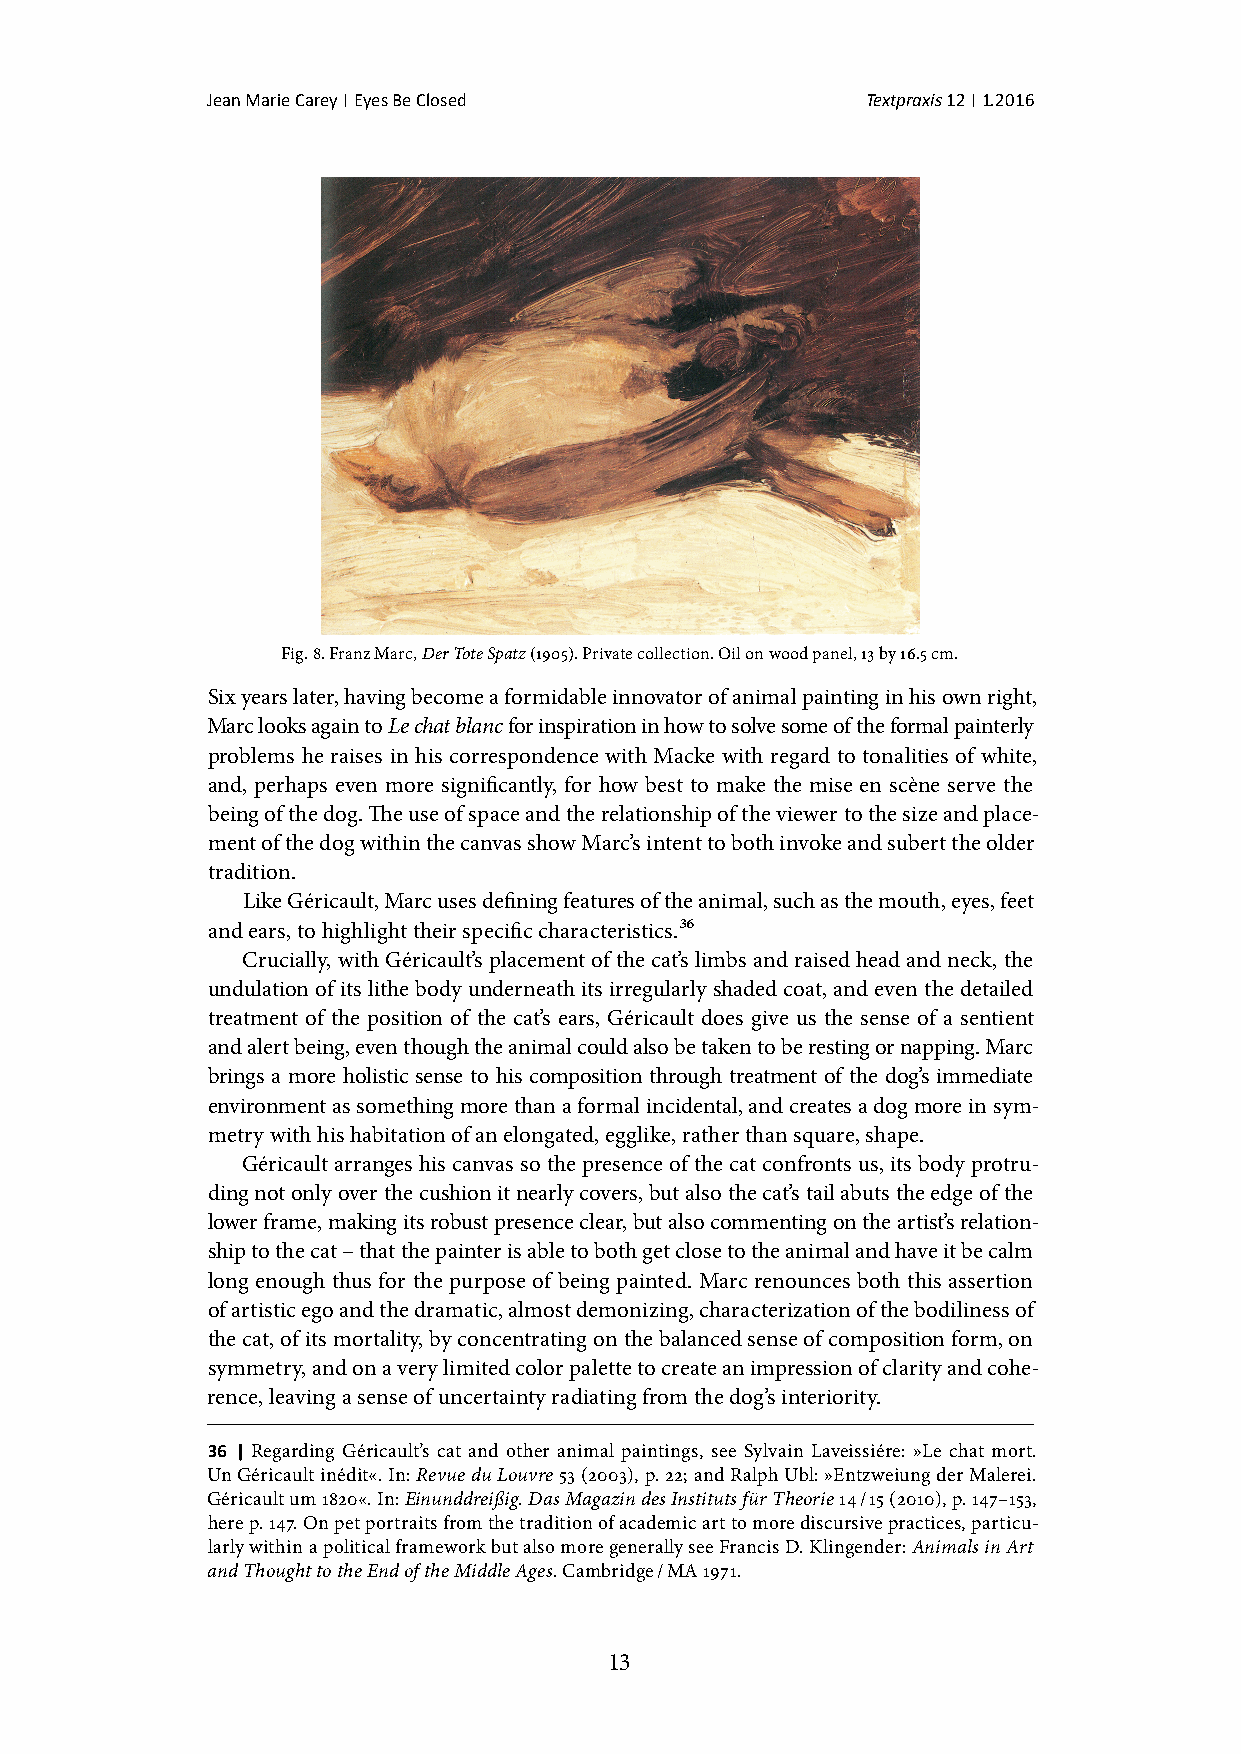
Jean Marie Carey | Eyes Be Closed          Textpraxis 12 | 1.2016
 Fig. 8. Franz Marc, Der Tote Spatz (1905). Private collection. Oil on wood panel, 13 by 16.5 cm.
 Six years later, having become a formidable innovator of animal painting in his own right,
 Marc looks again to Le chat blanc for inspiration in how to solve some of the formal painterly
 problems he raises in his correspondence with Macke with regard to tonalities of white,
 and, perhaps even more significantly, for how best to make the mise en scène serve the
 being of the dog. The use of space and the relationship of the viewer to the size and place-
 ment of the dog within the canvas show Marc’s intent to both invoke and subert the older
 tradition.
 Like Géricault, Marc uses defining features of the animal, such as the mouth, eyes, feet
 and ears, to highlight their specific characteristics.36
 Crucially, with Géricault’s placement of the cat’s limbs and raised head and neck, the
 undulation of its lithe body underneath its irregularly shaded coat, and even the detailed
 treatment of the position of the cat’s ears, Géricault does give us the sense of a sentient
 and alert being, even though the animal could also be taken to be resting or napping. Marc
 brings a more holistic sense to his composition through treatment of the dog’s immediate
 environment as something more than a formal incidental, and creates a dog more in sym-
 metry with his habitation of an elongated, egglike, rather than square, shape.
 Géricault arranges his canvas so the presence of the cat confronts us, its body protru-
 ding not only over the cushion it nearly covers, but also the cat’s tail abuts the edge of the
 lower frame, making its robust presence clear, but also commenting on the artist’s relation-
 ship to the cat – that the painter is able to both get close to the animal and have it be calm
 long enough thus for the purpose of being painted. Marc renounces both this assertion
 of artistic ego and the dramatic, almost demonizing, characterization of the bodiliness of
 the cat, of its mortality, by concentrating on the balanced sense of composition form, on
 symmetry, and on a very limited color palette to create an impression of clarity and cohe-
 rence, leaving a sense of uncertainty radiating from the dog’s interiority.
 36 | Regarding Géricault’s cat and other animal paintings, see Sylvain Laveissiére: »Le chat mort.
 Un Géricault inédit«. In: Revue du Louvre 53 (2003), p. 22; and Ralph Ubl: »Entzweiung der Malerei.
 Géricault um 1820«. In: Einunddreißig. Das Magazin des Instituts für Theorie 14 / 15 (2010), p. 147–153,
 here p. 147. On pet portraits from the tradition of academic art to more discursive practices, particu-
 larly within a political framework but also more generally see Francis D. Klingender: Animals in Art
 and Thought to the End of the Middle Ages. Cambridge / MA 1971.
 13